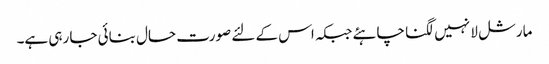
مارشل لا نہیں لگنا چاہئے جبکہ اس کے لئے صورت حال بنائی جا رہی ہے۔